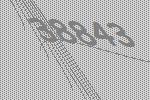
38843